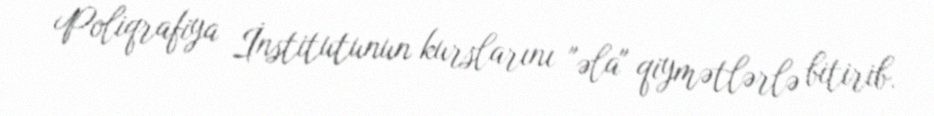
Poliqrafiya İnstitutunun kurslarını "əla" qiymətlərlə bitirib.